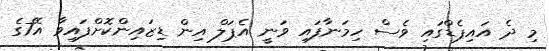
މި ދެ އައިޕެޑްގައި ވެސް ހިމަނާފައި ވަނީ އެޕަލް އިން ޑިޒައިންކޮށްފައިވާ އޭ7ގެ